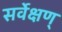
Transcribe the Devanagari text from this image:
सर्वेक्षण्